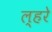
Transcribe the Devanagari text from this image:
ल्हरे